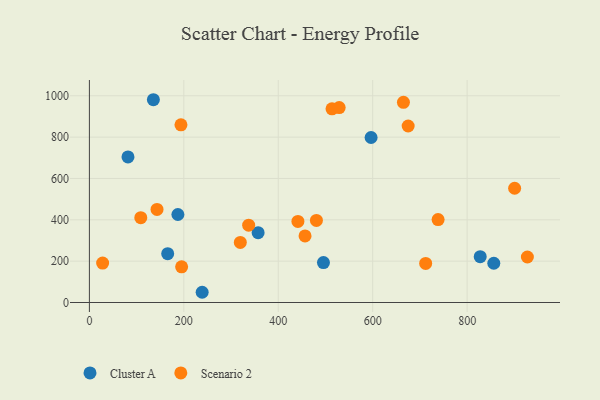
{"axis": {"x": "Price", "y": "Rating"}, "legend": ["Cluster A", "Scenario 2"], "data": [{"x": "357.3", "y": 337.6, "type": "Cluster A"}, {"x": "495.7", "y": 193.0, "type": "Cluster A"}, {"x": "596.6", "y": 798.2, "type": "Cluster A"}, {"x": "827.7", "y": 221.8, "type": "Cluster A"}, {"x": "81.7", "y": 704.1, "type": "Cluster A"}, {"x": "135.5", "y": 980.9, "type": "Cluster A"}, {"x": "187.4", "y": 425.8, "type": "Cluster A"}, {"x": "856.5", "y": 190.0, "type": "Cluster A"}, {"x": "165.8", "y": 236.1, "type": "Cluster A"}, {"x": "238.8", "y": 49.5, "type": "Cluster A"}, {"x": "337.3", "y": 374.3, "type": "Scenario 2"}, {"x": "456.7", "y": 322.3, "type": "Scenario 2"}, {"x": "441.6", "y": 392.4, "type": "Scenario 2"}, {"x": "712.2", "y": 188.9, "type": "Scenario 2"}, {"x": "195.3", "y": 172.8, "type": "Scenario 2"}, {"x": "675.1", "y": 853.8, "type": "Scenario 2"}, {"x": "319.6", "y": 290.4, "type": "Scenario 2"}, {"x": "513.8", "y": 937.0, "type": "Scenario 2"}, {"x": "143.2", "y": 450.4, "type": "Scenario 2"}, {"x": "108.8", "y": 410.5, "type": "Scenario 2"}, {"x": "738.5", "y": 401.4, "type": "Scenario 2"}, {"x": "665.1", "y": 968.5, "type": "Scenario 2"}, {"x": "529.0", "y": 943.1, "type": "Scenario 2"}, {"x": "927.6", "y": 220.2, "type": "Scenario 2"}, {"x": "480.8", "y": 397.1, "type": "Scenario 2"}, {"x": "28.0", "y": 190.6, "type": "Scenario 2"}, {"x": "193.9", "y": 859.5, "type": "Scenario 2"}, {"x": "900.6", "y": 552.7, "type": "Scenario 2"}]}